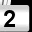
Digit: 2